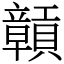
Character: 贑